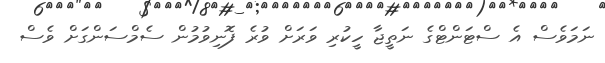
ނަމަވެސް އެ ސްޓަންޓްގެ ނަތީޖާ ހީކުރި ވަރަށް ވުރެ ފޮނިވުމުން ސެމްސަންގަށް ވެސް